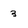
Character: 3